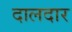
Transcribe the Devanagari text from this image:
दालदार